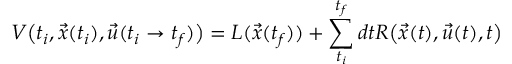
V \big ( t _ { i } , \vec { x } ( t _ { i } ) , \vec { u } ( t _ { i } \rightarrow t _ { f } ) \big ) = L ( \vec { x } ( t _ { f } ) ) + \sum _ { t _ { i } } ^ { t _ { f } } d t R \big ( \vec { x } ( t ) , \vec { u } ( t ) , t \big )